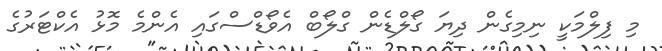
މި ފިލްމަކީ ނިމިގެން ދިޔަ ގޯލްޑެން ގްލޯބް އެވޯޑްސްގައި އެންމެ މޮޅު އެކްޓަރުގެ